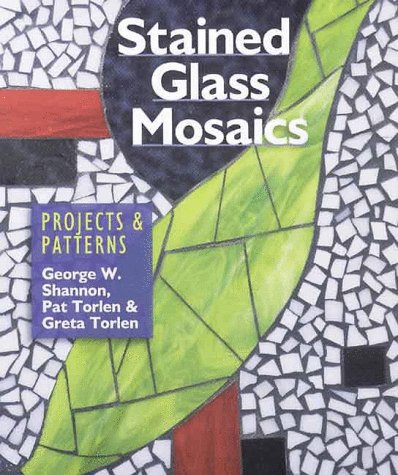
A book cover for Stained Glass Mosaics: Projects & Patterns; George W. Shannon; Crafts, Hobbies & Home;